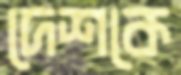
দেশকে